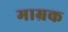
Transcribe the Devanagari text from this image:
माम्रक